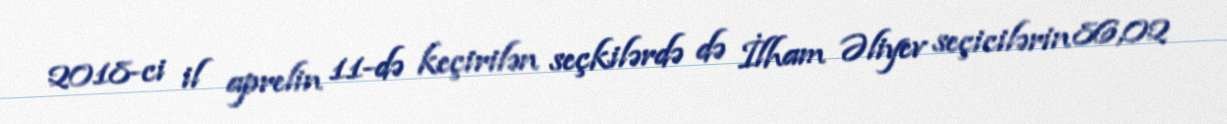
2018-ci il aprelin 11-də keçirilən seçkilərdə də İlham Əliyev seçicilərin 86,02